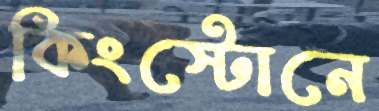
কিংস্টোনে